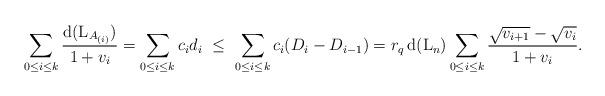
LaTeX: \begin{align*}\sum_{0\le i\le k} \frac{{\rm d}({\rm L}_{A_{(i)}})}{1+v_{i}} = \sum_{0\le i\le k}c_id_i \ \le \ \sum_{0\le i\le k}c_i(D_i - D_{i-1})=r_q\,{\rm d}({\rm L}_n)\sum_{0\le i\le k} \frac{\sqrt{v_{i+1}}-\sqrt{v_{i}}}{1+v_{i}}.\end{align*}